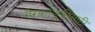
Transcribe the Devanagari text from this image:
गैरवर्तणुकीसाठी